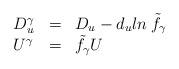
LaTeX: \begin{align*}\begin{array}{lll}D_{u}^{\gamma} &=& D_u - d_u ln \: {\tilde f}_{\gamma} \\U^{\gamma} &=& {\tilde f}_{\gamma} U\end{array}\end{align*}